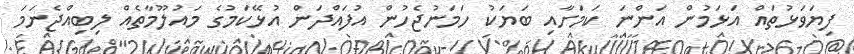
ފިޔަވަޅުތައް އަޅަމުން އަންނަ ކަމަށާއި ބަޔަކު ހަމަނުޖެހުން އުފައްދަން އުޅޭކަމުގެ މައުލޫމާތެއް ލިބިއްޖެނަމަ